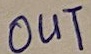
Text: OUT